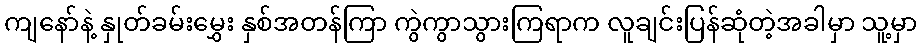
ကျနော်နဲ့ နှုတ်ခမ်းမွှေး နှစ်အတန်ကြာ ကွဲကွာသွားကြရာက လူချင်းပြန်ဆုံတဲ့အခါမှာ သူ့မှာ